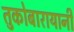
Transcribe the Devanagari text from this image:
तुकोबारायानी